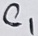
Text: C1